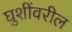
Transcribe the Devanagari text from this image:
घुशींवरील